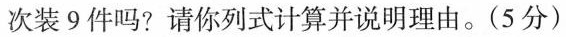
次装9件吗?请你列式计算并说明理由。(5分)